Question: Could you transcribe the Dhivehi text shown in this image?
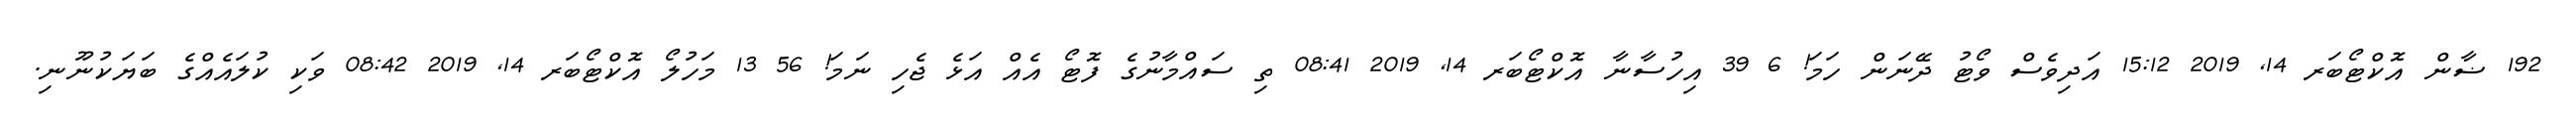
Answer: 192 ޟާން އޮކްޓޯބަރ 14, 2019 15:12 އަދިވެސް ވޯޓު ދޭނަން ހަމަ! 6 39 އިހުސާނާ އޮކްޓޯބަރ 14, 2019 08:41 ތި ސައްމާނުގެ ފޮޓޯ އެއް އަޅެ ޖެހި ނަމަ! 56 13 މަހުލޯ އޮކްޓޯބަރ 14, 2019 08:42 ވަކި ކުލައެއްގެ ބަޔަކުނޫނި.